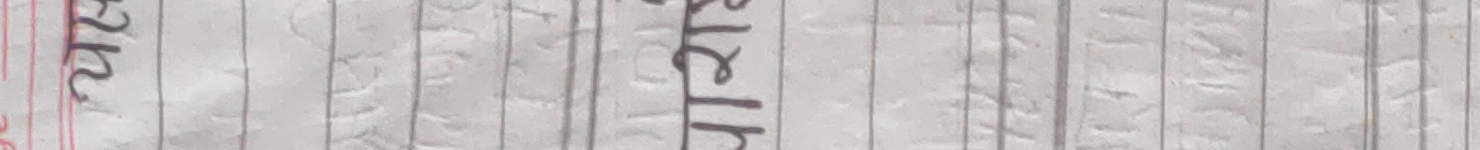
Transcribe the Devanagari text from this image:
भाई व्यवहार